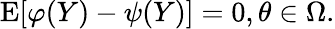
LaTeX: \operatorname{E}[\varphi(Y)-\psi(Y)]=0,\theta\in\Omega.